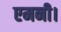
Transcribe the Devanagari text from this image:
एमनी।